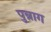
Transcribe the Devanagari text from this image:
पुन्नाग